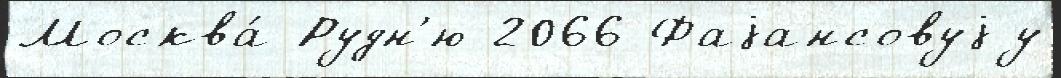
Москва́ Рудн'ю 2066 Фаjансовуjу